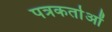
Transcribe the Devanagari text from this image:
पत्रकर्ताओं